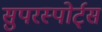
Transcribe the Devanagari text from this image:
सुपरस्पोर्ट्‌स